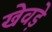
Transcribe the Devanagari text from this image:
खेवड़े